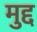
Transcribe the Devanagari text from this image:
मुद्द